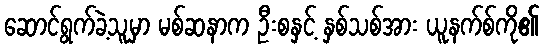
ဆောင်ရွက်ခဲ့သူမှာ မစ်ဆနာက ဦးစနှင့် နှစ်သစ်အား ယူနက်စ်ကို၏